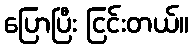
ပြောပြီး ငြင်းတယ်။